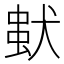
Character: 𤠢